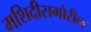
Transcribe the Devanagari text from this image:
मशिदीसमोरील